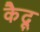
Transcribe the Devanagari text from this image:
कैदू